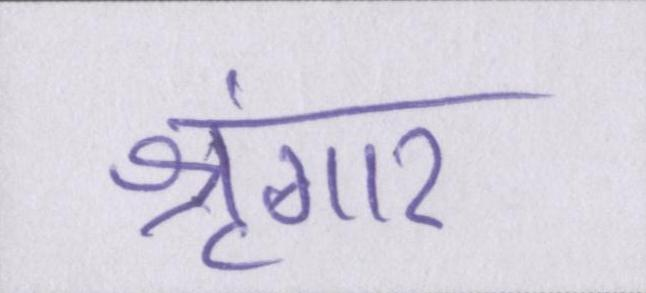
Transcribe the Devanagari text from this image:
श्रृंगार